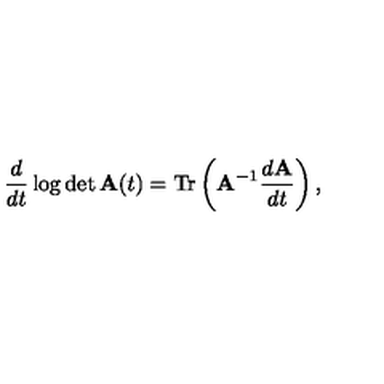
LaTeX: \frac d { d t } \log \det { \bf A } ( t ) = \mathrm { T } \mathrm { r } \left( { \bf A } ^ { - 1 } \frac { d { \bf A } } { d t } \right) ,